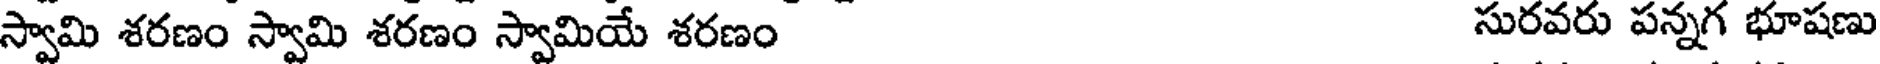
స్వామి శరణం స్వామి శరణం స్వామియే శరణం సురవరు పన్నగ భూషణు